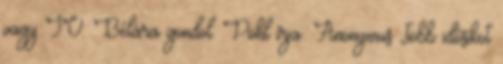
vagy IV. Bélára gondol. Pohl írja: Anonymus „több idősíkot